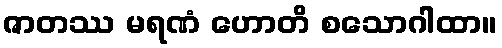
ဇာတဿ မရဏံ ဟောတိ စသောဂါထာ။